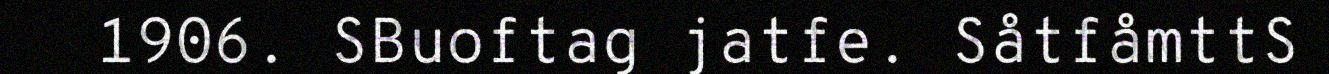
1906. SBuoftag jatfe. SåtfåmttS